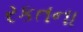
રકતના